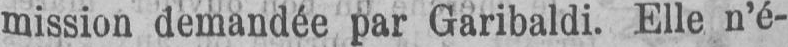
mission demandée par Garibaldi. Elle n’é-